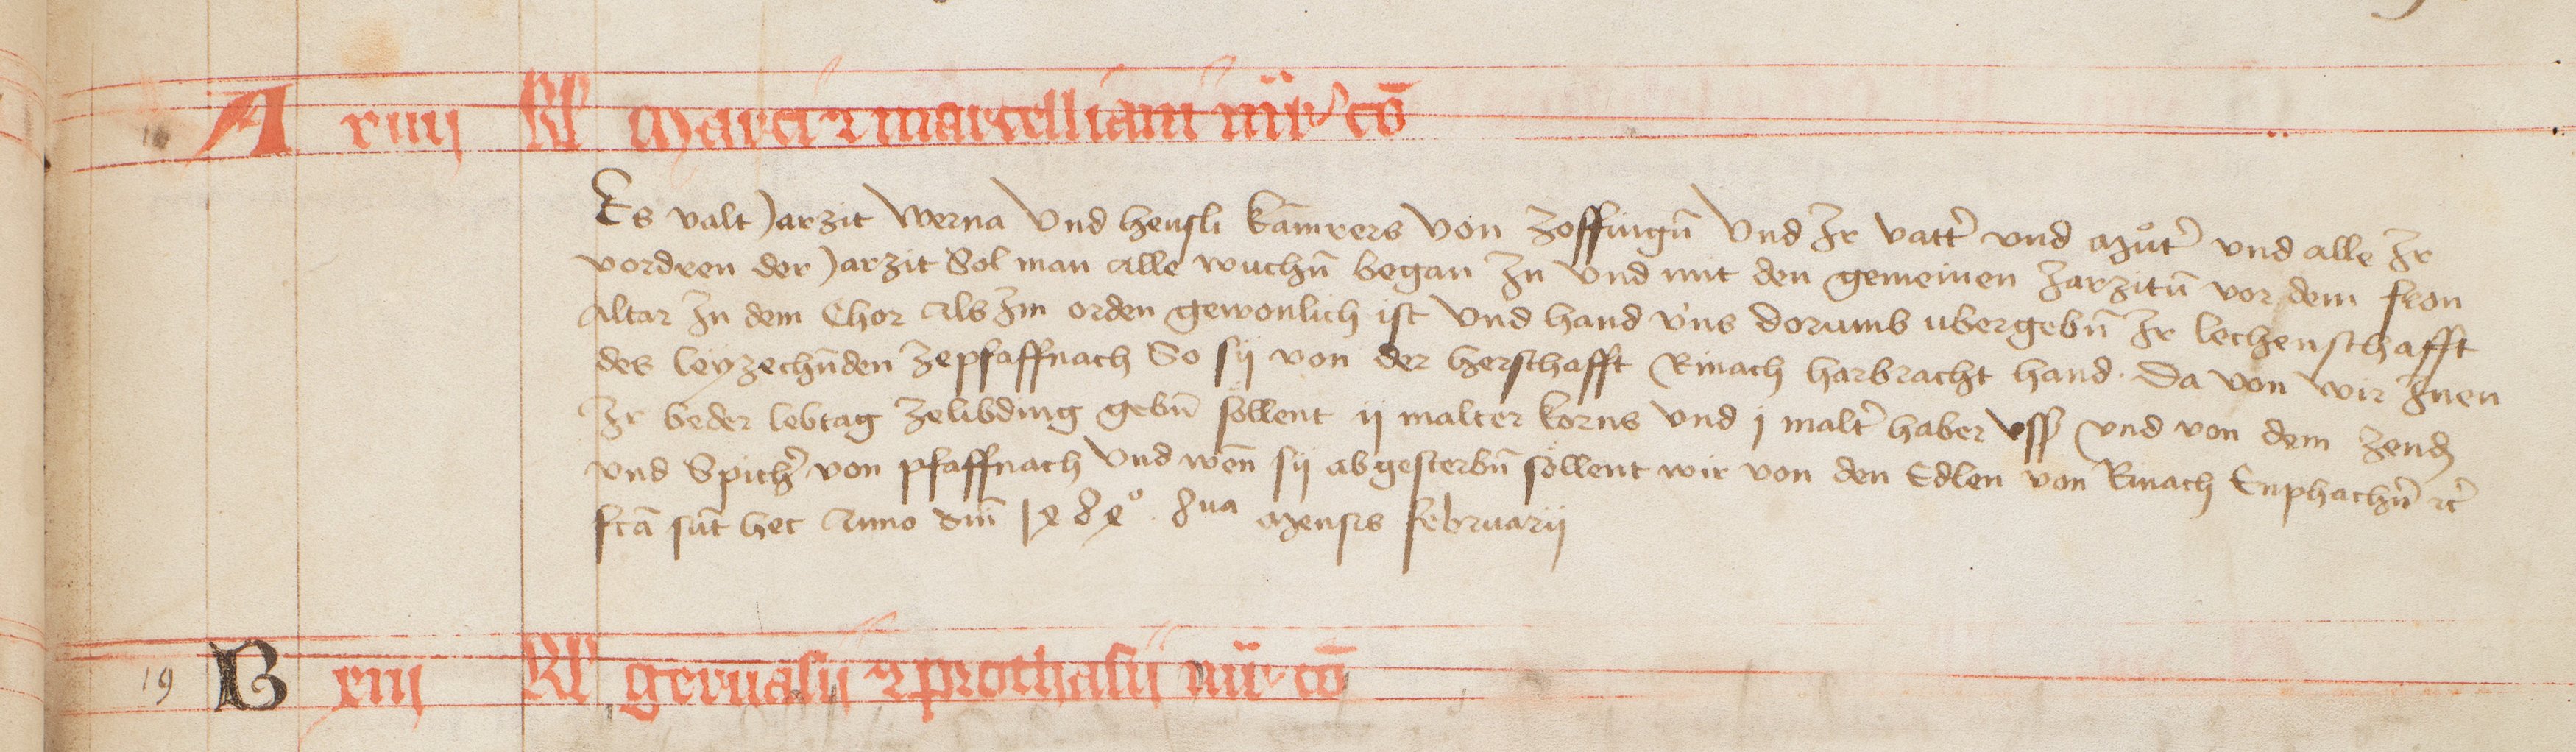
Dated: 1400–1430